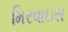
મિરવાઇસ